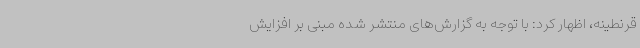
قرنطینه، اظهار کرد: با توجه به گزارش‌های منتشر شده مبنی بر افزایش